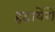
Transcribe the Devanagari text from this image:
हटायेंगे